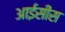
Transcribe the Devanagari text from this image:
आईसीस